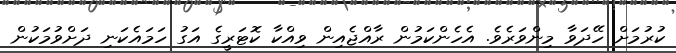
ކުރުމަށް ހޭދަވާ މިންވަރެވެ. އެހެންކަމުން ރާއްޖެއިން ވިއްކާ ކޮޓަރީގެ އަގު ހަމައެކަނި ދަށްވުމަކުން